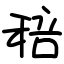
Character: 稖